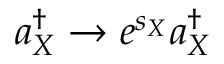
a _ { X } ^ { \dagger } \to e ^ { s _ { X } } a _ { X } ^ { \dagger }